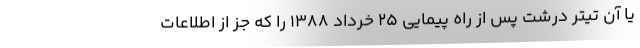
یا آن تیتر درشت پس از راه پیمایی 25 خرداد 1388 را که جز از اطلاعات